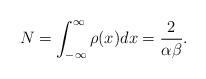
LaTeX: \begin{align*}N=\int_{-\infty}^\infty\rho(x)dx=\frac{2}{\alpha\beta}.\end{align*}